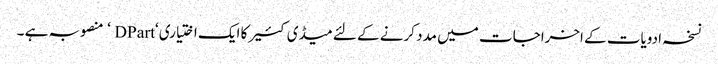
نسخہ ادویات کے اخراجات میں مدد کرنے کے لئے میڈی کئیر کا ایک اختیاری ‘DPart ‘ منصوبہ ہے ۔